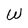
Character: W